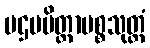
ပဌမမိတ္တာမစ္စသုတ္တံ